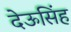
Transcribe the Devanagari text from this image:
देऊसिंह